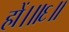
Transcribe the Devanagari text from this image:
हों।॥६॥